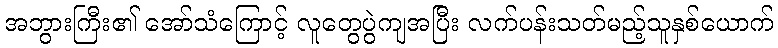
အဘွားကြီး၏ အော်သံကြောင့် လူတွေပွဲကျအပြီး လက်ပန်းသတ်မည့်သူနှစ်ယောက်